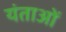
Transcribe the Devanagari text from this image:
यंताओं